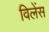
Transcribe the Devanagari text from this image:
विलेंस